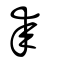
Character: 桼